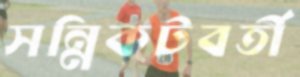
সন্নিকটবর্তী